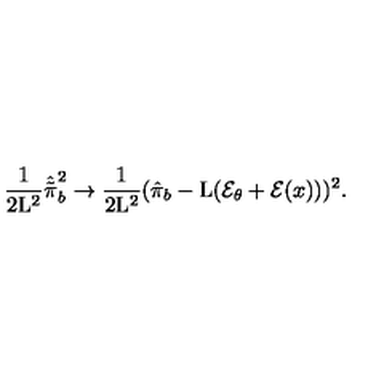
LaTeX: \frac { 1 } { 2 \mathrm { L } ^ { 2 } } \hat { \tilde { \pi } } _ { b } ^ { 2 } \rightarrow \frac { 1 } { 2 \mathrm { L } ^ { 2 } } ( \hat { \pi } _ { b } - \mathrm { L } ( { \cal E } _ { \theta } + { \cal E } ( x ) ) ) ^ { 2 } .